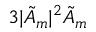
3 | \tilde { A } _ { m } | ^ { 2 } \tilde { A } _ { m }